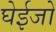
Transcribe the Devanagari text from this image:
घेईजो